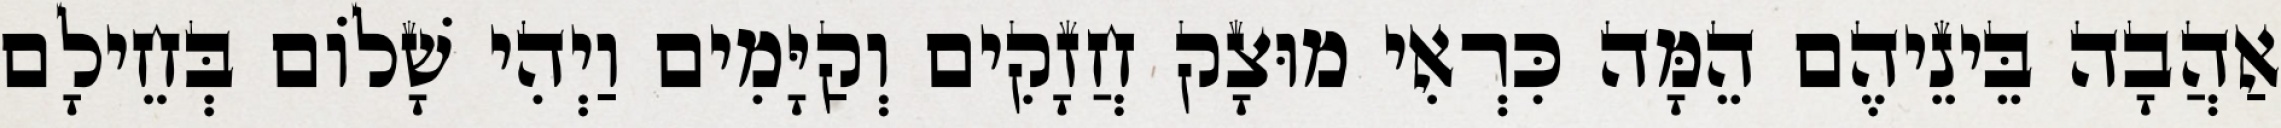
אַהֲבָה בֵּינֵיהֶם הֵמָּה כִּרְאִי מוּצָק חֲזָקִים וְקַיָּמִים וַיְהִי שָׁלוֹם בְּחֵילָם